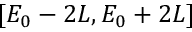
[ E _ { 0 } - 2 L , E _ { 0 } + 2 L ]